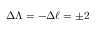
\Delta \Lambda = - \Delta \ell = \pm 2